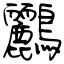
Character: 鸝